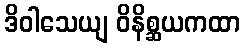
ဒိဝါသေယျ ဝိနိစ္ဆယကထာ